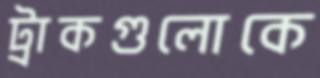
ট্রাকগুলোকে